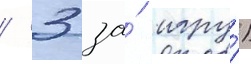
/ 3 за́ игру́)